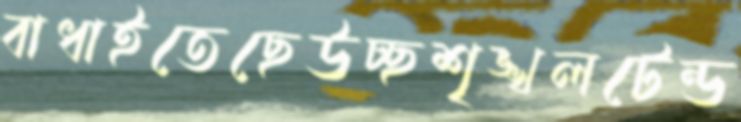
বাধাইতেছেউচ্ছশৃঙ্খলটেন্ড